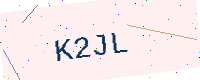
Text: K2JL